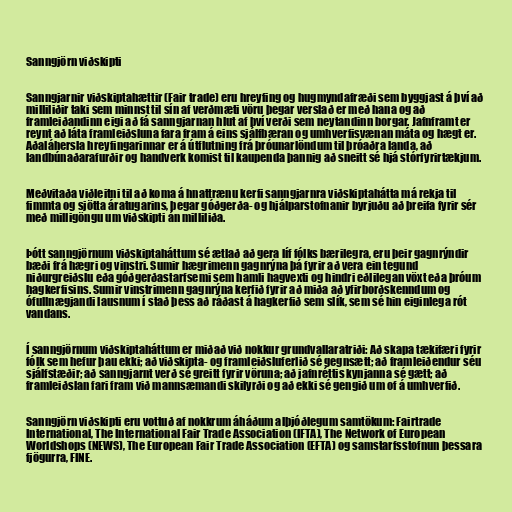
Sanngjörn viðskipti

Sanngjarnir viðskiptahættir (Fair trade) eru hreyfing og hugmyndafræði sem byggjast á því að
milliliðir taki sem minnst til sín af verðmæti vöru þegar verslað er með hana og að
framleiðandinn eigi að fá sanngjarnan hlut af því verði sem neytandinn borgar. Jafnframt er
reynt að láta framleiðsluna fara fram á eins sjálfbæran og umhverfisvænan máta og hægt er.
Aðaláhersla hreyfingarinnar er á útflutning frá þróunarlöndum til þróaðra landa, að
landbúnaðarafurðir og handverk komist til kaupenda þannig að sneitt sé hjá stórfyrirtækjum.

Meðvitaða viðleitni til að koma á hnattrænu kerfi sanngjarnra viðskiptahátta má rekja til
fimmta og sjötta áratugarins, þegar góðgerða- og hjálparstofnanir byrjuðu að þreifa fyrir sér
með milligöngu um viðskipti án milliliða.

Þótt sanngjörnum viðskiptaháttum sé ætlað að gera líf fólks bærilegra, eru þeir gagnrýndir
bæði frá hægri og vinstri. Sumir hægrimenn gagnrýna þá fyrir að vera ein tegund
niðurgreiðslu eða góðgerðastarfsemi sem hamli hagvexti og hindri eðlilegan vöxt eða þróum
hagkerfisins. Sumir vinstrimenn gagnrýna kerfið fyrir að miða að yfirborðskenndum og
ófullnægjandi lausnum í stað þess að ráðast á hagkerfið sem slík, sem sé hin eiginlega rót
vandans.

Í sanngjörnum viðskiptaháttum er miðað við nokkur grundvallaratriði: Að skapa tækifæri fyrir
fólk sem hefur þau ekki; að viðskipta- og framleiðsluferlið sé gegnsætt; að framleiðendur séu
sjálfstæðir; að sanngjarnt verð sé greitt fyrir vöruna; að jafnréttis kynjanna sé gætt; að
framleiðslan fari fram við mannsæmandi skilyrði og að ekki sé gengið um of á umhverfið.

Sanngjörn viðskipti eru vottuð af nokkrum áháðum alþjóðlegum samtökum: Fairtrade
International, The International Fair Trade Association (IFTA), The Network of European
Worldshops (NEWS), The European Fair Trade Association (EFTA) og samstarfsstofnun þessara
fjögurra, FINE.